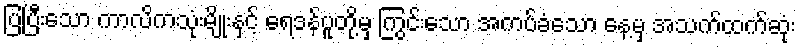
ပြပြီးသော ကာလိကသုံးမျိုးနှင့် ရေဒန်ပူတို့မှ ကြွင်းသော အကပ်ခံသော နေ့မှ အသက်ထက်ဆုံး